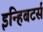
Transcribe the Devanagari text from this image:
इन्हिबटर्स